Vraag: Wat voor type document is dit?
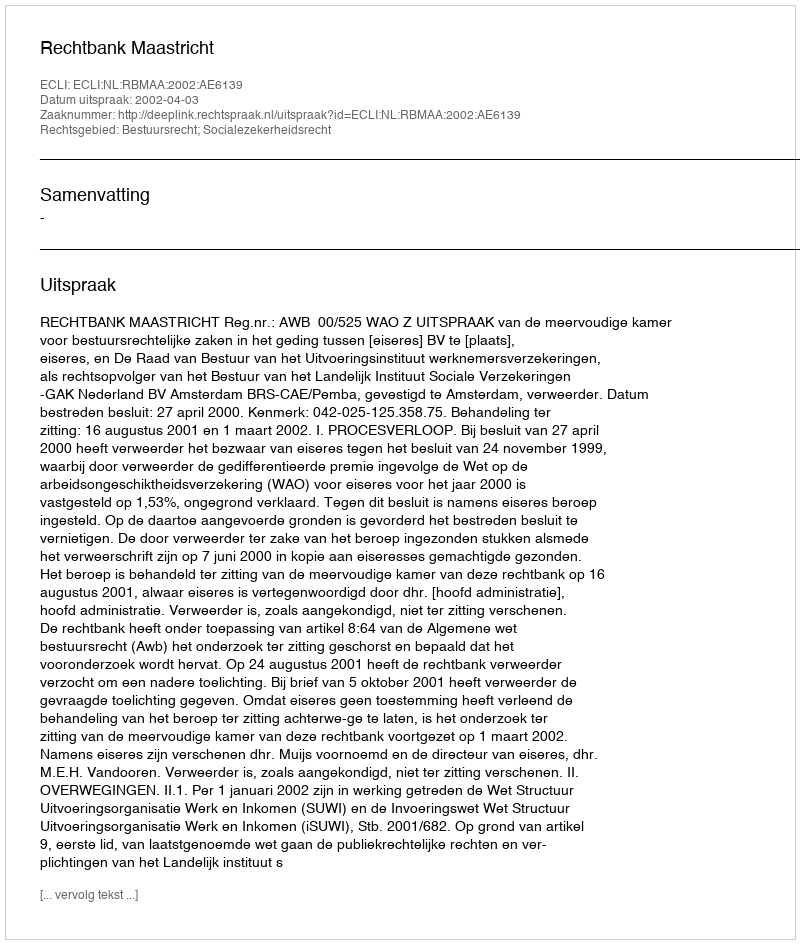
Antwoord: Uitspraak